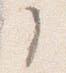
了